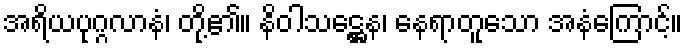
အရိယပုဂ္ဂလာနံ၊ တို့၏။ နိဝါသဋ္ဌေန၊ နေရာတူသော အနံကြောင့်။